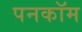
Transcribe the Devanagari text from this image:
पनकॉम